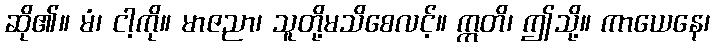
ဆို၏။ မံ၊ ငါ့ကို။ မာဇညာ၊ သူတို့မသိစေလင့်။ ဣတိ၊ ဤသို့။ ကာယေနေ၊